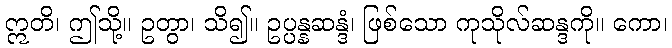
ဣတိ၊ ဤသို့။ ဥတွာ၊ သိ၍။ ဥပ္ပန္နဆန္ဒံ၊ ဖြစ်သော ကုသိုလ်ဆန္ဒကို။ ကော၊